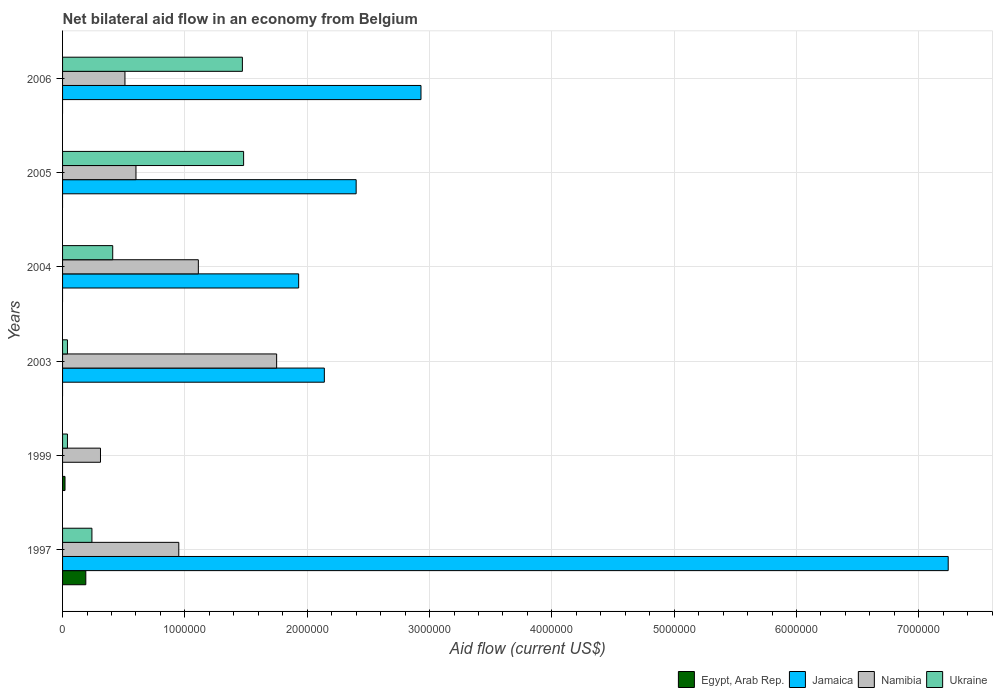
| Years | Egypt, Arab Rep. | Jamaica | Namibia | Ukraine |
 | --- | --- | --- | --- | --- |
 | 1997 | 1.9e+05 | 7.24e+06 | 9.5e+05 | 2.4e+05 |
 | 1999 | 2e+04 | -8e+04 | 3.1e+05 | 4e+04 |
 | 2003 | -1.24e+06 | 2.14e+06 | 1.75e+06 | 4e+04 |
 | 2004 | -8.8e+05 | 1.93e+06 | 1.11e+06 | 4.1e+05 |
 | 2005 | -9.1e+05 | 2.4e+06 | 6e+05 | 1.48e+06 |
 | 2006 | -1.33e+06 | 2.93e+06 | 5.1e+05 | 1.47e+06 |